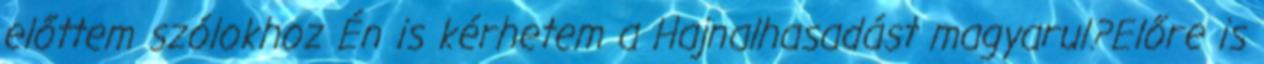
előttem szólokhoz Én is kérhetem a Hajnalhasadást magyarul?Előre is